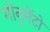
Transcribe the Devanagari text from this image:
मोनुमेंटो